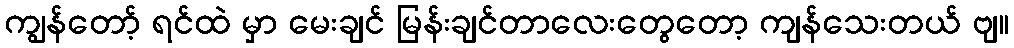
ကျွန်တော့် ရင်ထဲ မှာ မေးချင် မြန်းချင်တာလေးတွေတော့ ကျန်သေးတယ် ဗျ။